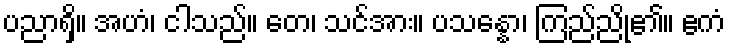
ပညာရှိ။ အဟံ၊ ငါသည်။ တေ၊ သင်အား။ ပသန္နော၊ ကြည်ညို၏။ ဧကံ